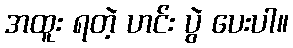
အထူး ရတဲ့ ဟင်း ပွဲ ပေးပါ။